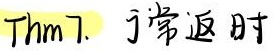
Thm7.  正常返时